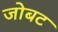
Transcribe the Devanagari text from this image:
जोबट